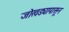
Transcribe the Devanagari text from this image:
जोखड्यापासून